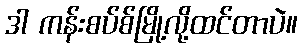
ဒါ ကန်းစပ်စ်မြို့လို့ထင်တာပဲ။